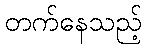
တက်နေသည့်